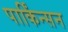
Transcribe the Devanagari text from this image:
पार्किंन्सन